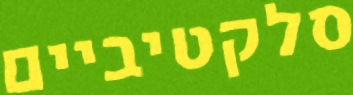
סלקטיביים